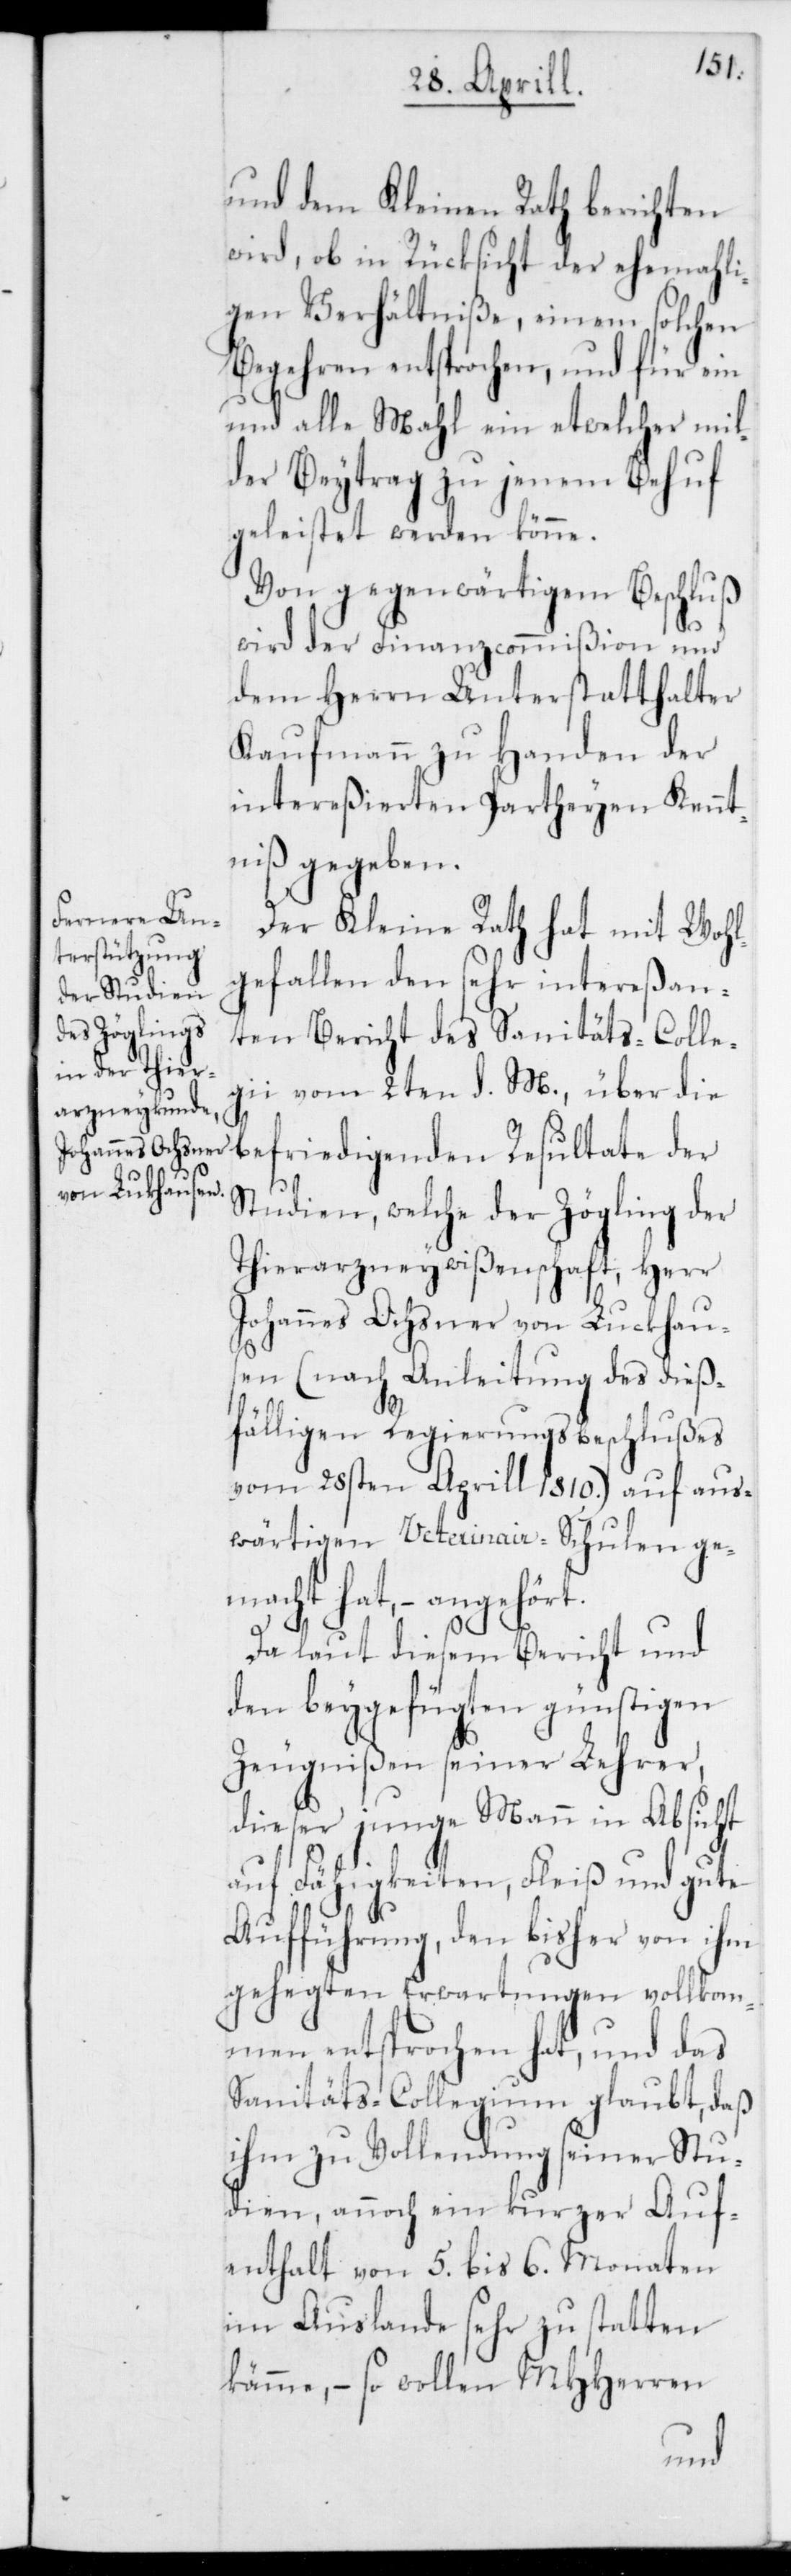
und dem Kleinen Rath berichten
wird, ob in Rücksicht der ehemahli¬
gen Verhältniße, einem solchen
Begehren entsprochen, und für ein
und alle Mahl ein etwelcher mil¬
der Beytrag zu jenem Behuf
geleistet werden könne.
Von gegenwärtigem Beschluß
wird der Finanzcommißion und
dem Herrn Unterstatthalter
Kaufmann zu Handen der
intereßierten Partheyen Kennt¬
niß gegeben.
Der Kleine Rath hat mit Wohl¬
gefallen den sehr intereßan¬
ten Bericht des Sanitäts-Colle¬
gii vom 2ten d. M., über di¬
e befriedigenden Resultate der
Studien, welche der Zögling der
Tierarzneywißenschaft, Herr
Johannes Ochsner von Luckhaus¬
en (nach Anleitung des dieß¬
rt.
fälligen Regierungsbeschlußes
vom 28sten Aprill 1810.) auf aus¬
wärtigen Veterinair-Schulen ge¬
macht hat, – angehö¬
Da laut diesem Bericht und
den beygefügten günstigen
Zeugnißen seiner Lehrer,
dieser junge Mann in Absicht
auf Fähigkeiten, Fleiß und gute
Aufführung, den bisher von ihm
gehegten Erwartungen vollkom¬
men entsprochen hat, und das
Sanitäts-Collegium glaubt, daß
ihm zu Vollendung seiner Stu¬
dien, annoch ein kurzer Auf¬
enthalt von 5. bis 6. Monaten
im Auslande sehr zustatten
käme, – so wollen MHHerren